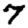
Digit: 7